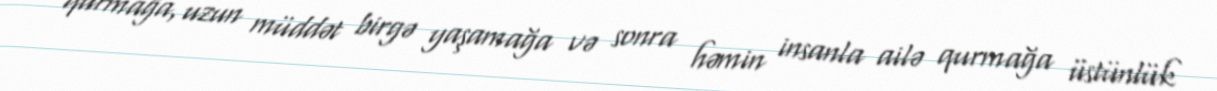
qurmağa, uzun müddət birgə yaşamağa və sonra həmin insanla ailə qurmağa üstünlük